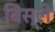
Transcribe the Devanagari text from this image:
बिस्ले